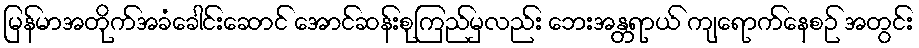
မြန်မာအတိုက်အခံခေါင်းဆောင် အောင်ဆန်းစုကြည်မှလည်း ဘေးအန္တရာယ် ကျရောက်နေစဉ် အတွင်း